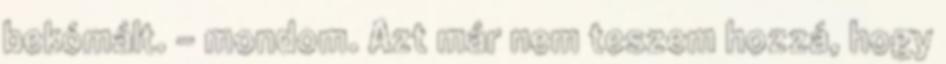
bekómált. – mondom. Azt már nem teszem hozzá, hogy